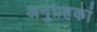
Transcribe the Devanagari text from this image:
अनुग्रहकां